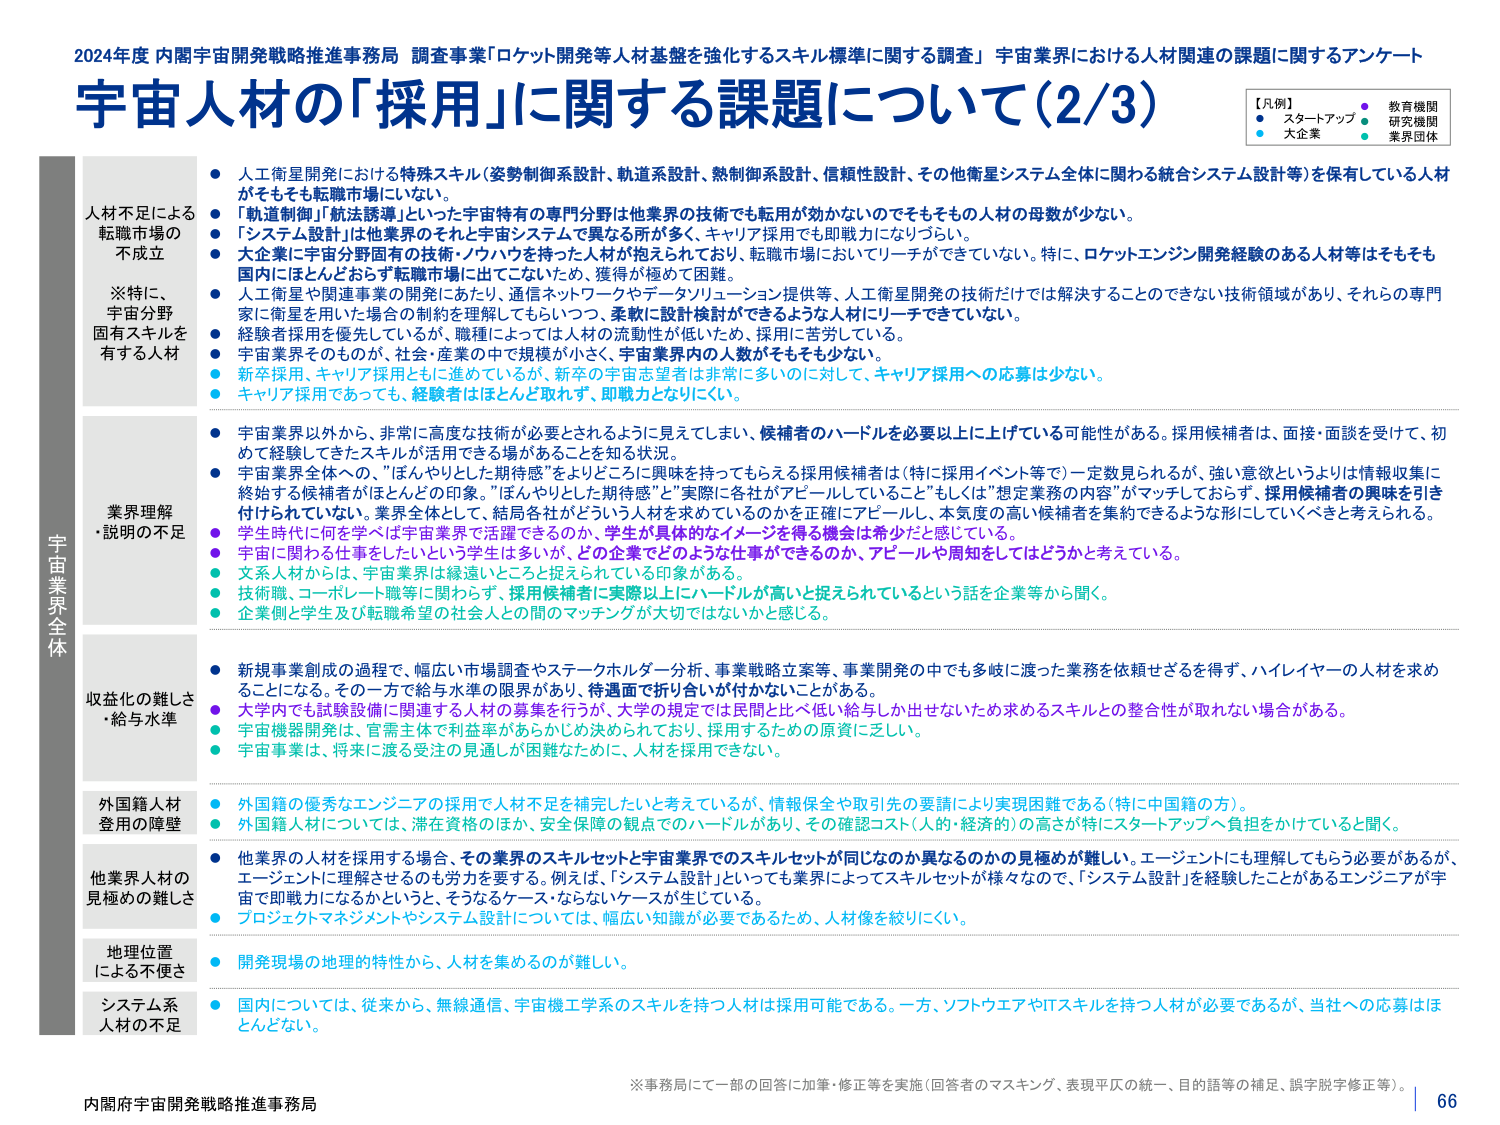
2024年度 内閣宇宙開発戦略推進事務局 調査事業「ロケット開発等人材基盤を強化するスキル標準に関する調査」 宇宙業界における人材関連の課題に関するアンケート
宇宙人材の「採用」に関する課題について（2/3）

【凡例】
● スタートアップ
● 教育機関
● 研究機関
● 大企業
● 業界団体

人材不足による転職市場の不成立
※特に、宇宙分野固有スキルを有する人材
● 人工衛星開発における特殊スキル（姿勢制御系設計、軌道系設計、熱制御系設計、信頼性設計、その他衛星システム全体に関わる統合システム設計等）を保有している人材がそもそも転職市場にない。
● 「軌道制御」「航法誘導」といった宇宙特有の専門分野は他業界の技術でも転用が効かないのでもそももの人材の母数が少ない。
● 「システム設計」は他業界のそれと宇宙システムで異なる所が多く、キャリア採用でも即戦力になりづらい。
● 大企業に宇宙分野固有の技術・ノウハウを持つ人材が抱えられており、転職市場においてリーチができていない。特に、ロケットエンジン開発経験のある人材等はそもそも国内にほとんどおらず転職市場に出てこないため、獲得が極めて困難。
● 人工衛星や関連事業の開発にあたり、通信ネットワークやデータソリューション提供等、人工衛星開発の技術だけでは解決することのできない技術領域があり、それらの専門家に衛星を用いた場合の制約を理解してもらいつつ、柔軟に設計検討ができるような人材にリーチできていない。
● 経験者採用を優先しているが、職種によっては人材の流動性が低いため、採用に苦労している。
● 宇宙業界そのものが、社会・産業の中で規模が小さく、宇宙業界内の人数がそもそも少ない。
● 新卒採用、キャリア採用ともに進めているが、新卒の宇宙志望者は非常に多いのに対して、キャリア採用への応募は少ない。
● キャリア採用であっても、経験者はほとんど取れず、即戦力となりにくい。

業界理解・説明の不足
● 宇宙業界以外から、非常に高度な技術が必要とされるように見えてしまい、候補者のハードルを必要以上に上げている可能性がある。採用候補者は、面接・面談を受けて、初めて経験してきたスキルが活用できる場があることを知る状況。
● 宇宙業界全体への、「ぼんやりとした期待感」をよりどころに興味を持ってもらえる採用候補者は（特に採用イベント等で）一定数見られるが、強い意欲というよりは情報収集に終始する候補者がほとんどの印象。「ぼんやりとした期待感」と「実際に各社がアピールしていること」もしくは「想定業務の内容」がマッチしておらず、採用候補者の興味を引き付けられていない。業界全体として、結局各社がどういう人材を求めているのかを正確にアピールし、本気度の高い候補者を集約できるような形にしていくべきと考えられる。
● 学生時代に何を学べば宇宙業界で活躍できるのか、学生が具体的なイメージを得る機会は希少だと感じている。
● 宇宙に関わる仕事はしたいという学生は多いが、どの企業でどのような仕事ができるのか、アピールや周知をしてはどうかと考えている。
● 文系人材からは、宇宙業界は縁遠いところと捉えられている印象がある。
● 技術職、コーポレート職等に関わらず、採用候補者に実際以上にハードルが高いと捉えられているという話を企業等から聞く。
● 企業側と学生及び転職希望の社会人との間のマッチングが大切ではないかと感じる。

収益化の難しさ・給与水準
● 新規事業創成の過程で、幅広い市場調査やステークホルダー分析、事業戦略立案等、事業開発の中でも多岐に渡った業務を依頼せざるを得ず、ハイレイヤーの人材を求めることになる。その一方で給与水準の限界があり、待遇面で折り合いが付かないことがある。
● 大学内でも試験設備に関連する人材の募集を行うが、大学の規定では民間と比べ低い給与しか出せないため求めるスキルとの整合性が取れない場合がある。
● 宇宙機器開発は、官需主体で利益率があまりに決められており、採用するための原資に乏しい。
● 宇宙事業は、将来に渡る受注の見通しが困難なために、人材を採用できない。

外国籍人材登用の障壁
● 外国籍の優秀なエンジニアの採用で人材不足を補完したいと考えているが、情報保全や取引先の要請により実現困難である（特に中国籍の方）。
● 外国籍人材については、滞在資格のほか、安全保障の観点でのハードルがあり、その確認コスト（人的・経済的）の高さが特にスタートアップへ負担をかけていると聞く。

他業界人材の見極めの難しさ
● 他業界の人材を採用する場合、その業界のスキルセットと宇宙業界でのスキルセットが同じなのか異なるのかの見極めが難しい。エージェントにも理解してもらう必要があるが、エージェントに理解させるのも労力を要する。例えば、「システム設計」といても業界によってスキルセットが様々なので、「システム設計」を経験したことがあるエンジニアが宇宙で即戦力になるかというと、そうなるケース・ならないケースが生じている。
● プロジェクトマネジメントやシステム設計については、幅広い知識が必要であるため、人材像を絞りにくい。

地理位置による不便さ
● 開発現場の地理的特性から、人材を集めるのが難しい。

システム系人材の不足
● 国内については、従来から、無線通信、宇宙機工学系のスキルを持つ人材は採用可能である。一方、ソフトウェアやITスキルを持つ人材が必要であるが、当社への応募はほとんどない。

※事務局にて一部の回答に加筆・修正等を実施（回答者のマスキング、表現平仄の統一、目的話等の補足、誤字脱字修正等）。
内閣府宇宙開発戦略推進事務局
66